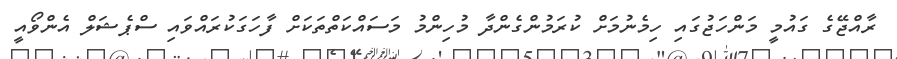
ރާއްޖޭގެ ގައުމީ މަންހަޖުގައި ހިމެނުމަށް ކުރަމުންގެންދާ މުހިންމު މަސައްކަތްތަކަށް ފާހަގަކުރައްވައި ސްޕެޝަލް އެންވޯއީ